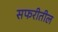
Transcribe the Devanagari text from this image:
सफरीतील